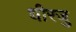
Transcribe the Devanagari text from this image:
धीरजु